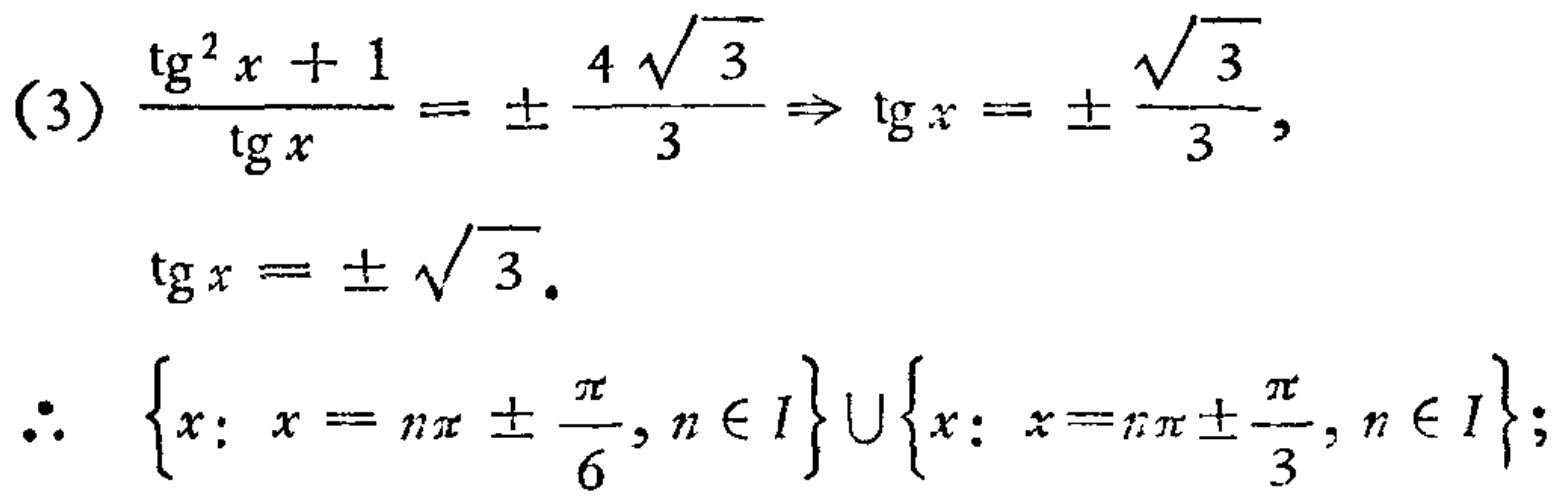
(3) \(\frac{\text{tg}^{2}x + 1}{\text{tg}x}=\pm\frac{4\sqrt{3}}{3}\Rightarrow \text{tg}x=\pm\frac{\sqrt{3}}{3},\)
\(\text{tg}x=\pm\sqrt{3}.\)
\(\therefore \left\{x: x = n\pi\pm\frac{\pi}{6}, n\in I\right\}\cup\left\{x: x = n\pi\pm\frac{\pi}{3}, n\in I\right\};\)